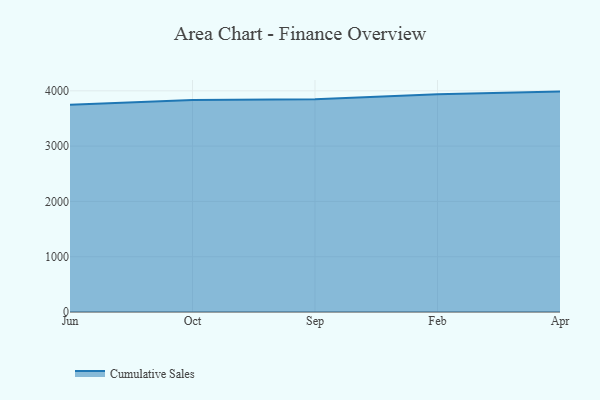
{"axis": {"x": "Month", "y": "Production Output"}, "legend": ["Cumulative Sales"], "data": [{"x": "Jun", "y": 3746.3, "type": "Cumulative Sales"}, {"x": "Oct", "y": 3834.4, "type": "Cumulative Sales"}, {"x": "Sep", "y": 3849.7, "type": "Cumulative Sales"}, {"x": "Feb", "y": 3938.3, "type": "Cumulative Sales"}, {"x": "Apr", "y": 3986.1, "type": "Cumulative Sales"}]}